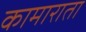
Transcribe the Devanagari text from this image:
कामाराता